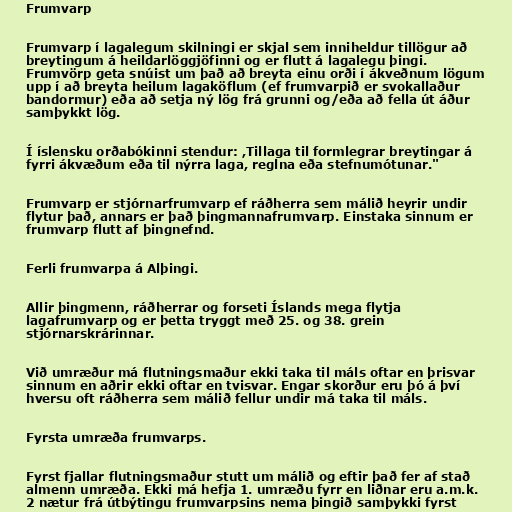
Frumvarp

Frumvarp í lagalegum skilningi er skjal sem inniheldur tillögur að
breytingum á heildarlöggjöfinni og er flutt á lagalegu þingi.
Frumvörp geta snúist um það að breyta einu orði í ákveðnum lögum
upp í að breyta heilum lagaköflum (ef frumvarpið er svokallaður
bandormur) eða að setja ný lög frá grunni og/eða að fella út áður
samþykkt lög.

Í íslensku orðabókinni stendur: ,Tillaga til formlegrar breytingar á
fyrri ákvæðum eða til nýrra laga, reglna eða stefnumótunar."

Frumvarp er stjórnarfrumvarp ef ráðherra sem málið heyrir undir
flytur það, annars er það þingmannafrumvarp. Einstaka sinnum er
frumvarp flutt af þingnefnd.

Ferli frumvarpa á Alþingi.

Allir þingmenn, ráðherrar og forseti Íslands mega flytja
lagafrumvarp og er þetta tryggt með 25. og 38. grein
stjórnarskrárinnar.

Við umræður má flutningsmaður ekki taka til máls oftar en þrisvar
sinnum en aðrir ekki oftar en tvisvar. Engar skorður eru þó á því
hversu oft ráðherra sem málið fellur undir má taka til máls.

Fyrsta umræða frumvarps.

Fyrst fjallar flutningsmaður stutt um málið og eftir það fer af stað
almenn umræða. Ekki má hefja 1. umræðu fyrr en liðnar eru a.m.k.
2 nætur frá útbýtingu frumvarpsins nema þingið samþykki fyrst